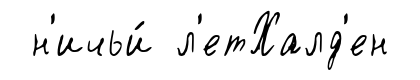
н'ичьи́ л'етХалд'ен